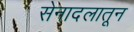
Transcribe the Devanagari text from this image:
सेनादलातून